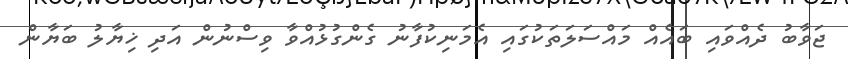
ޖަވާބު ދެއްވައި ބައެއް މައްސަލަތަކުގައި އެމަނިކުފާނު ގެންގުޅުއްވާ ވިސްނުން އަދި ޚިޔާލު ބަޔާން